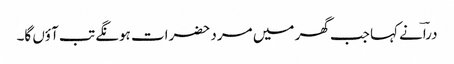
دراؔنے کہا جب گھر میں مرد حضرات ہونگے تب آؤں گا۔